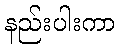
နည်းပါးကာ